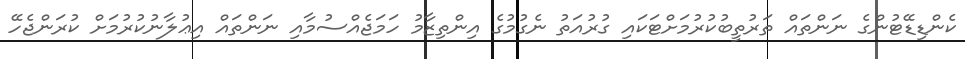
ކެންޑިޑޭޓުންގެ ނަންތައް ތަރުތީބުކުރުމަށްޓަކައި ގުރުއަތު ނެގުމުގެ އިންތިޒާމު ހަމަޖެއްސުމާއި ނަންތައް އިޢުލާނުކުރުމަށް ކުރަންޖެހޭ